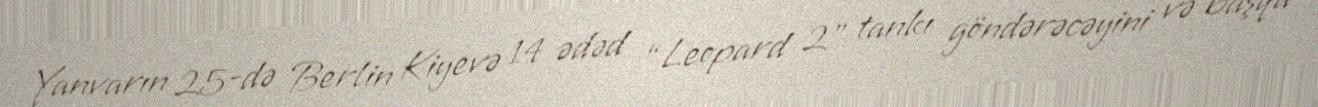
Yanvarın 25-də Berlin Kiyevə 14 ədəd “Leopard 2” tankı göndərəcəyini və başqa